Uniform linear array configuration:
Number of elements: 32
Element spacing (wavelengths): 1
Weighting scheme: blackman
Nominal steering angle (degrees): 15
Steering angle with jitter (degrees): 14.517
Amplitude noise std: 0.05
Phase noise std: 0.05

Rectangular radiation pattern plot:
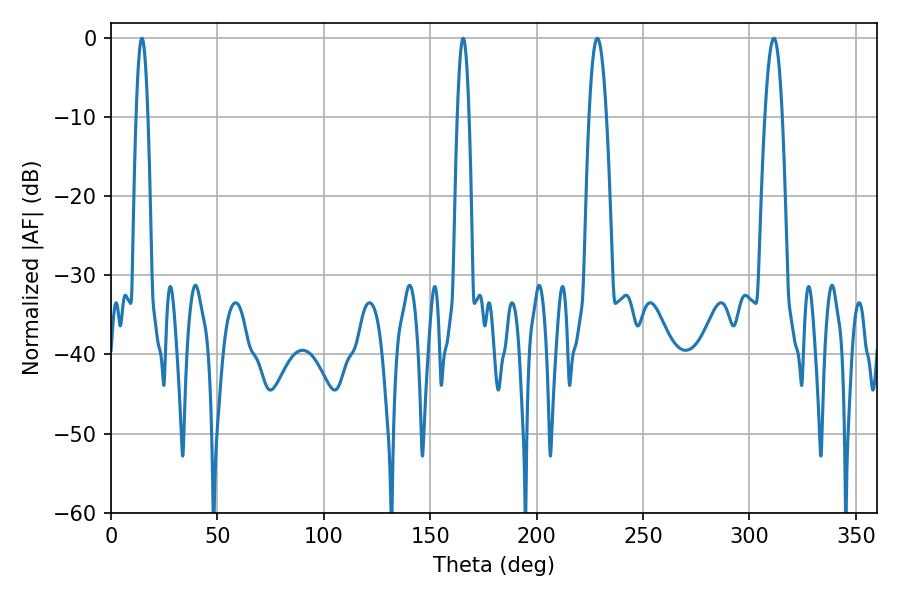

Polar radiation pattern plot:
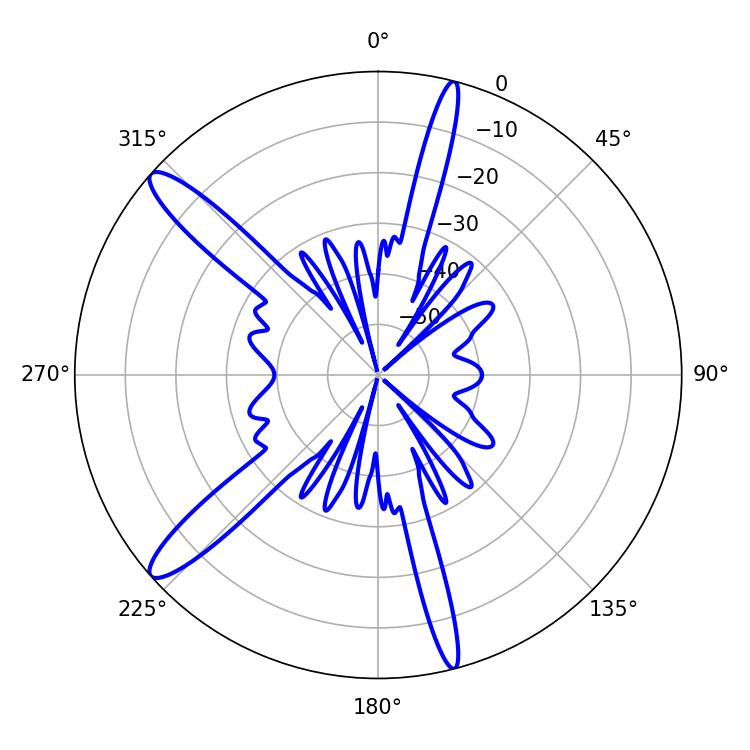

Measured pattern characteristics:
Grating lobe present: TRUE
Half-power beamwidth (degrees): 4.32
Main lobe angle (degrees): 228.6